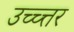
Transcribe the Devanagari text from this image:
उच्च्त्तर